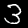
Digit: 3